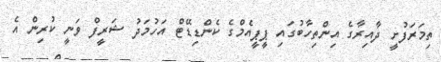
ތިމަރަފުށީ ދާއިރާގެ އިންތިހާބުގައި ޕީޕީއެމްގެ ކެންޑިޑޭޓް އަހުމަދު ޝަރީފް ވަނީ ކުރިން އެ